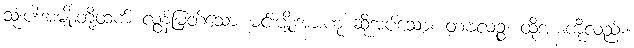
သုံးပါးအမျိုးတို့ထက် လွန်မြတ်သော မင်းမျိုးအားဟု ဆိုအပ်သော။ တံဗလဉ္စ၊ ထိုအားကိုလည်း။